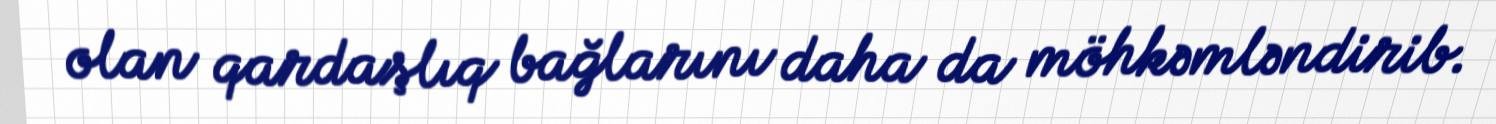
olan qardaşlıq bağlarını daha da möhkəmləndirib.